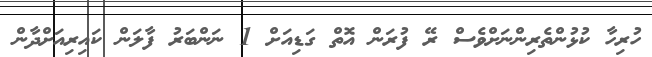
ހުރިހާ ކުޅުންތެރިންނަށްވެސް ރޭ ފުރަން އޮތް ގަޑިއަށް 1 ނަންބަރު ފާލަން ކައިރިއަށްދާން